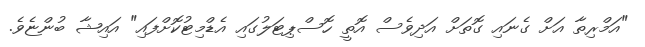
"އަމްރިތާ އަށް ގެނައި ގޮތަށް އަދިވެސް އޮތީ ހޮސްޕިޓަލުގައި އެޑްމިޓުކޮށްފައި" އައިޝާ ބުންޏެވެ.